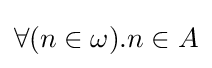
\forall (n\in \omega ).n\in A